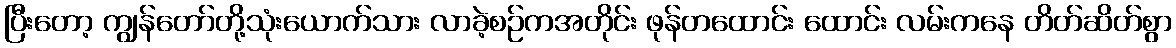
ပြီးတော့ ကျွန်တော်တို့သုံးယောက်သား လာခဲ့စဉ်ကအတိုင်း ဖုန်တထောင်း ထောင်း လမ်းကနေ တိတ်ဆိတ်စွာ